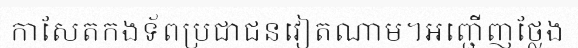
កាសែតកងទ័ពប្រជាជនវៀតណាម។អញ្ជើញថ្លែង